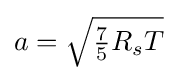
{\textstyle a={\sqrt {{\frac {7}{5}}R_{s}T}}}